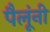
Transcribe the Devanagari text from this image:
पैलूंनी